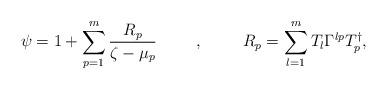
LaTeX: \begin{align*}\psi=1+\sum_{p=1}^m\frac{R_p}{\zeta-\mu_p}\hspace{1cm},\hspace{1cm}R_p=\sum_{l=1}^mT_l\Gamma^{lp}T^{\dag}_p,\end{align*}